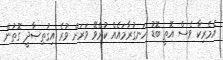
އެމެރިކާ ވެސް އޮތީ ބޮޑު ހަނގުރާމައެއް ކުރެވޭ ވަރަށް ވުރެ އިޤުތިޞާދީ ގޮތުން